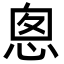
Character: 悤